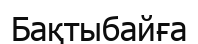
Бақтыбайға